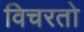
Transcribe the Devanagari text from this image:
विचरतो